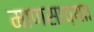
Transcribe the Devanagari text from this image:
माणसाच्याा